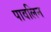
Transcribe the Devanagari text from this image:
पावलिन